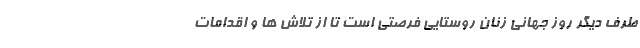
طرف دیگر روز جهانی زنان روستایی فرصتی است تا از تلاش ها و اقدامات